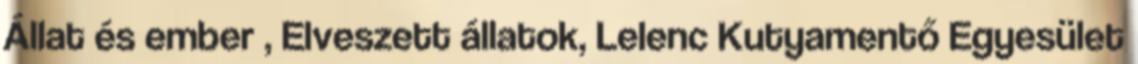
Állat és ember , Elveszett állatok, Lelenc Kutyamentő Egyesület